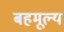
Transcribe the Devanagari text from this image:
बहमूल्य